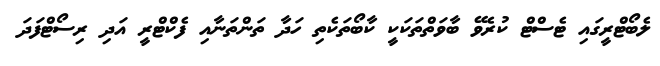
ލެބޯޓްރީގައި ޓެސްޓް ކުރެވޭ ބާވަތްތަކަކީ ކާބޯތަކެތި ހަދާ ތަންތަނާއި ފެކްޓްރީ އަދި ރިސޯޓްފަދަ